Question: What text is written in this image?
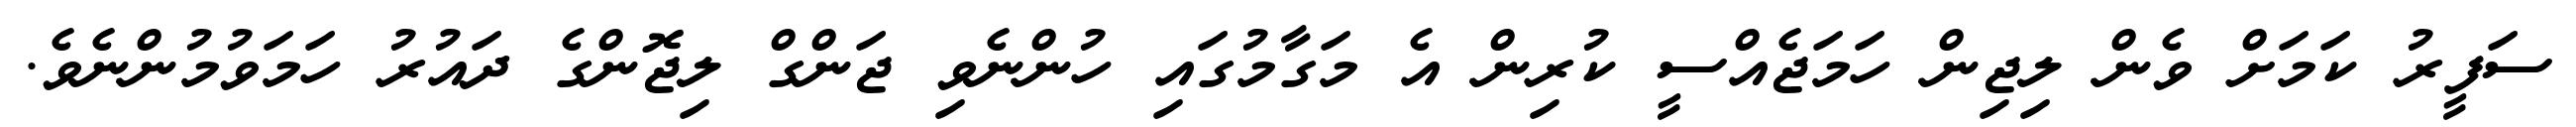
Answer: ސަފީރު ކަމަށް ވެން ލިޖިން ހަމަޖެއްސީ ކުރިން އެ މަގާމުގައި ހުންނެވި ޖަންގް ލިޖޮންގެ ދައުރު ހަމަވުމުންނެވެ.